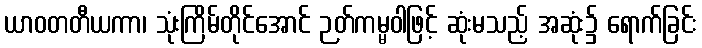
ယာဝတတီယကာ၊ သုံးကြိမ်တိုင်အောင် ဉတ်ကမ္မဝါဖြင့် ဆုံးမသည့် အဆုံး၌ ရောက်ခြင်း